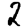
Digit: 2